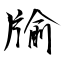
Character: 牏